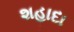
શહાદા